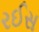
રઈસ